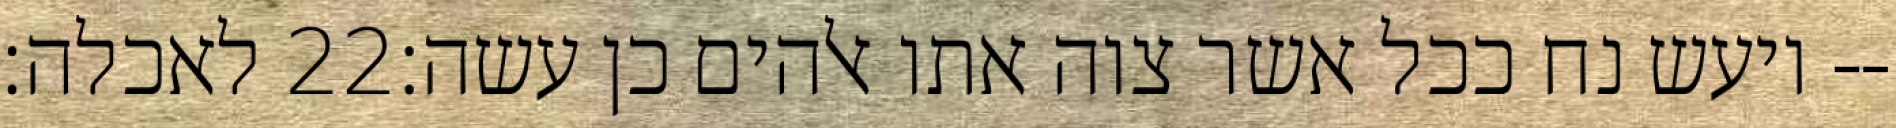
לאכלה׃ ‎22‏ ויעש נח ככל אשר צוה אתו אלהים כן עשה׃--